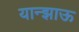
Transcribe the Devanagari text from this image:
यान्झाऊ